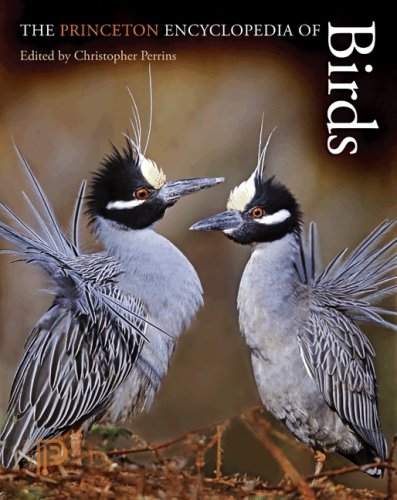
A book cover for The Princeton Encyclopedia of Birds; Reference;